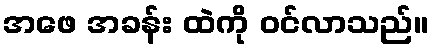
အဖေ အခန်း ထဲကို ဝင်လာသည်။